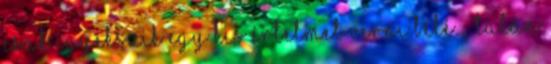
csak igyekszik egy kis értelmet verni belé. – Talán